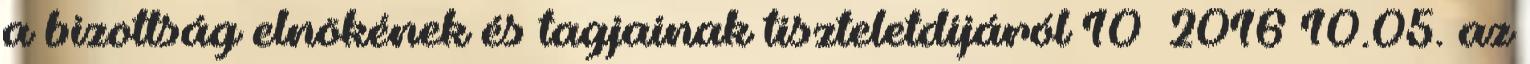
a bizottság elnökének és tagjainak tiszteletdíjáról 10 2016 10.05. az